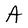
Character: A